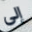
إلى